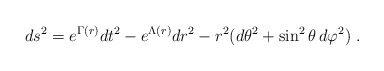
\begin{align*}ds^2=e^{\Gamma(r)} dt^2-e^{\Lambda(r)} dr^2 -r^2(d\theta^2+\sin ^2\theta \, d\varphi^2)\,\,.\end{align*}